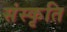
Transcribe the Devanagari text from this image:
संस्‍कृति